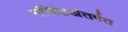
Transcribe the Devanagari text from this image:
मलिकेअंतर्गत